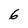
Character: 6